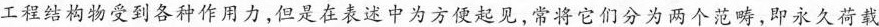
工程结构物受到各种作用力，但是在表述中为方便起见，常将它们分为两个范畴，即永久荷载